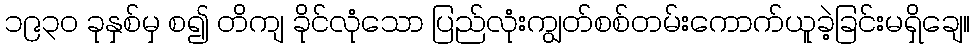
၁၉၃၀ ခုနှစ်မှ စ၍ တိကျ ခိုင်လုံသော ပြည်လုံးကျွတ်စစ်တမ်းကောက်ယူခဲ့ခြင်းမရှိချေ။